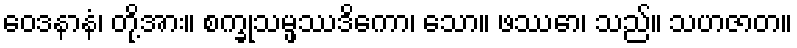
ဝေဒနာနံ၊ တို့အား။ စက္ခုသမ္ဖဿဒိကော၊ သော။ ဖဿော၊ သည်။ သဟဇာတ။